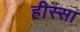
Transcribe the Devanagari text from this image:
हीस्सा